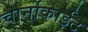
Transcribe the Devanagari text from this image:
चार्नोकाईट